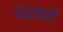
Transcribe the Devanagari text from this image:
थेइनकी